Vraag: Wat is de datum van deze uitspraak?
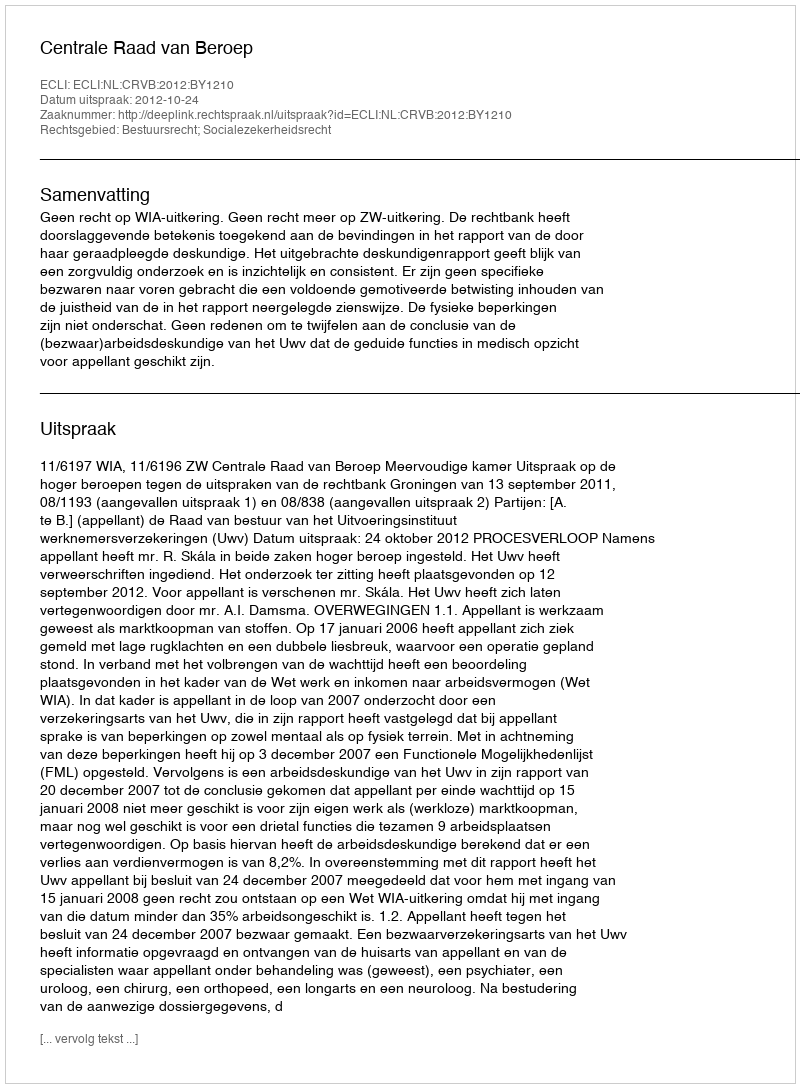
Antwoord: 2012-10-24